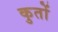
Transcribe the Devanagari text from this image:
कुतों